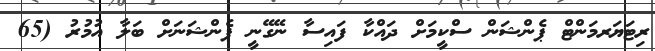
ރިޓަޔަރމަންޓް ޕެންޝަން ސްކީމަށް ދައްކާ ފައިސާ ނޭގޭނީ ޕެންޝަނަށް ބަލާ އުމުރު (65